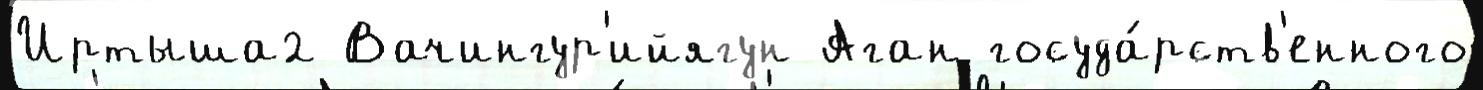
Иртыша2 Вачингур'ийягун Аган госуда́рств'енного